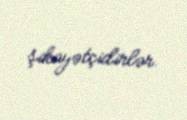
şikayətçidirlər.